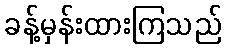
ခန့်မှန်းထားကြသည်